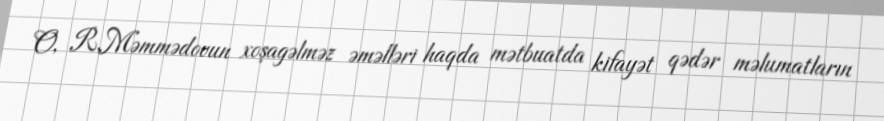
O, R.Məmmədovun xoşagəlməz əməlləri haqda mətbuatda kifayət qədər məlumatların